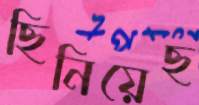
ছিনিয়েছ